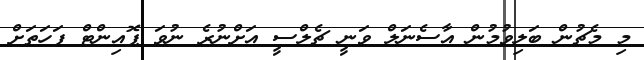
މި މެޗުން ބަލިވުމުން އާސެނަލް ވަނީ ޗެލްސީ އަށްނުރެ ނުވަ ޕޮއިންޓް ފަހަތަށް